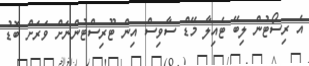
އެ ރިސޯޓުން ލިބޭ ޓެއިލާ މޭޑް ސާވިސް އިން ޓޫރިސްޓުންނަށް ވަރަށް ބޮޑު